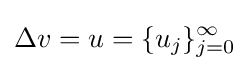
\Delta v=u=\{u_{j}\}_{j=0}^{\infty }